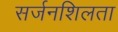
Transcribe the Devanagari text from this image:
सर्जनशिलता